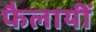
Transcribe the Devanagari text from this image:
फैलायीं